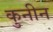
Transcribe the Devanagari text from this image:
कुनीन